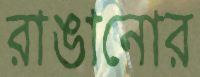
রাঙানোর